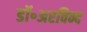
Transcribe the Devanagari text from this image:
डॉ॰अरविन्द